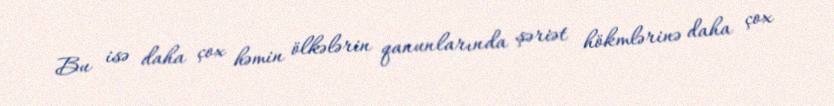
Bu isə daha çox həmin ölkələrin qanunlarında şəriət hökmlərinə daha çox